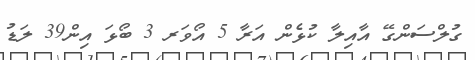
ގުލްސަންގޭ އާއިލާ ކުޅެން އަރާ 5 އޯވަރ 3 ބޯޅަ އިން39 ލަޑު